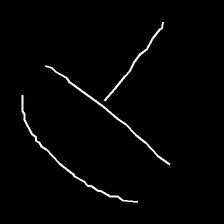
Glyph: dispersion